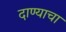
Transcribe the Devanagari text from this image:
दाण्याचा